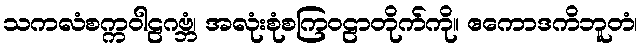
သကလံစက္ကဝါဠဂဗ္ဘံ၊ အလုံးစုံစကြဝဠာတိုက်ကို။ ဧကောဒကိဘူတံ၊